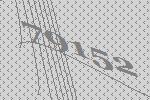
79152